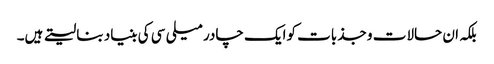
بلکہ ان حالات و جذبات کوایک چادر میلی سی کی بنیاد بنا لیتے ہیں۔